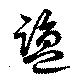
鹽